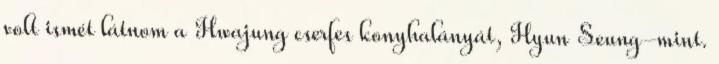
volt ismét látnom a Hwajung cserfes konyhalányát, Hyun Seung-mint.